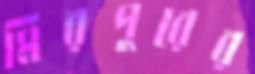
মিরপুরের